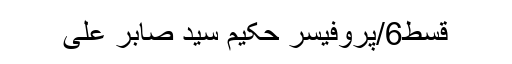
قسط6/پروفیسر حکیم سید صابر علی